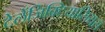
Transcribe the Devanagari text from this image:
टेलेंजिक्टियासियस